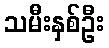
သမီးနှစ်ဦး